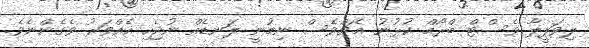
ލިވަޕީލާ ވެސްޓް ބްރޯމް ކުޅުނު މެޗްވެސް ނިމުނީ ލަނޑެއް ނުޖެހި އެއްވަރު ވެގެންނެވެ.